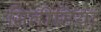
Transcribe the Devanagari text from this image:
सिलीसिया